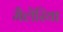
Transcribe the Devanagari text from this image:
मैलेरिया